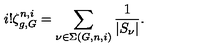
i ! \zeta _ { g , G } ^ { n , i } = \sum _ { \nu \in \Sigma ( G , n , i ) } \frac { 1 } { | S _ { \nu } | } .